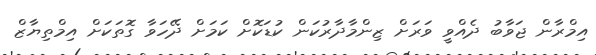
އިމްރާން ޖަވާބު ދެއްވީ ވަރަށް ޒިންމާދާރުކަން ކުޑަކޮށް ކަމަށް ދޭހަވާ ގޮތަކަށް އިމްތިޔާޒް